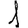
Digit: 1